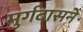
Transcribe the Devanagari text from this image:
मुर्गदासने